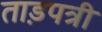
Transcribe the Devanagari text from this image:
ताड़पत्री